On the morphology, teratology, and diclinism of the flowers of cannabis - Number 12
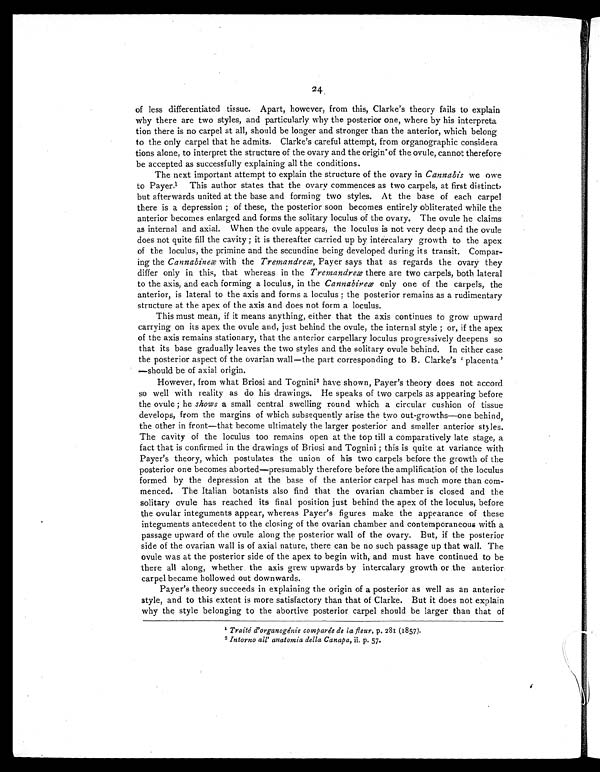
24
of less differentiated tissue. Apart, however, from this, Clarke's theory fails to explain
why there are two styles, and particularly why the posterior one, where by his interpreta
tion there is no carpel at all, should be longer and stronger than the anterior, which belong
to the only carpel that he admits. Clarke's careful attempt, from organographic considera
tions alone, to interpret the structure of the ovary and the origin of the ovule, cannot therefore
be accepted as successfully explaining all the conditions.
The next important attempt to explain the structure of the ovary in Cannabis we owe
to Payer.1This author states that the ovary commences as two carpels, at first distinct,
but afterwards united at the base and forming two styles. At the base of each carpel
there is a depression ; of these, the posterior soon becomes entirely obliterated while the
anterior becomes enlarged and forms the solitary loculus of the ovary. The ovule he claims
as internal and axial. When the ovule appears, the loculus is not very deep and the ovule
does not quite fill the cavity ; it is thereafter carried up by intercalary growth to the apex
of the loculus, the primine and the secundine being developed during its transit. Compar-
ing the Cannabineæ with the Tremandreæ, Payer says that as regards the ovary they
differ only in this, that whereas in the Tremandreæ there are two carpels, both lateral
to the axis, and each forming a loculus, in the Cannabireæ only one of the carpels, the
anterior, is lateral to the axis and forms a loculus ; the posterior remains as a rudimentary
structure at the apex of the axis and does not form a loculus.
This must mean, if it means anything, either that the axis continues to grow upward
carrying on its apex the ovule and, just behind the ovule, the internal style ; or, if the apex
of the axis remains stationary, that the anterior carpellary loculus progressively deepens so
that its base gradually leaves the two styles and the solitary ovule behind. In either case
the posterior aspect of the ovarian wall—the part corresponding to B. Clarke's 'placenta'
—should be of axial origin.
However, from what Briosi and Tognini 2 have shown, Payer's theory does not accord
so well with reality as do his drawings. He speaks of two carpels as appearing before
the ovule ; he shows a small central swelling round which a circular cushion of tissue
develops, from the margins of which subsequently arise the two out-growths—one behind,
the other in front—that become ultimately the larger posterior and smaller anterior styles.
The cavity of the loculus too remains open at the top till a comparatively late stage, a
fact that is confirmed in the drawings of Briosi and Tognini ; this is quite at variance with
Payer's theory, which postulates the union of his two carpels before the growth of the
posterior one becomes aborted—presumably therefore before the amplification of the loculus
formed by the depression at the base of the anterior carpel has much more than com-
menced. The Italian botanists also find that the ovarian chamber is closed and the
solitary ovule has reached its final position just behind the apex of the loculus, before
the ovular integuments appear, whereas Payer's figures make the appearance of these
integuments antecedent to the closing of the ovarian chamber and contemporaneous with a
passage upward of the ovule along the posterior wall of the ovary. But, if the posterior
side of the ovarian wall is of axial nature, there can be no such passage up that wall. The
ovule was at the posterior side of the apex to begin with, and must have continued to be
there all along, whether the axis grew upwards by intercalary growth or the anterior
carpel became hollowed out downwards.
Payer's theory succeeds in explaining the origin of a posterior as well as an anterior
style, and to this extent is more satisfactory than that of Clarke. But it does not explain
why the style belonging to the abortive posterior carpel should be larger than that of
1 Traité d'organogénie comparée de la fleur, p. 281 (1857).
2 Intorno all' anatomia della Canapa, p. 57.